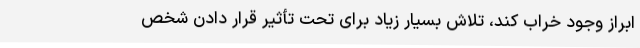
ابراز وجود خراب کند، تلاش بسیار زیاد برای تحت تأثیر قرار دادن شخص